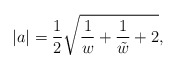
\begin{align*} |a| = \frac{1}{2} \sqrt{ \frac{1}{w} + \frac{1}{\tilde{w}} + 2 },\end{align*}